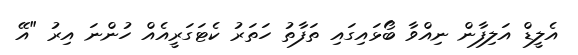
އެލީޑް އަލިފާން ނިއްވާ ބޯޅައިގައި ތަފާތު ހަތަރު ކެޓަގަރީއެއް ހުންނަ އިރު "އޭ